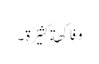
وَ فَاکِھةٍ کَثِیْرَةٍ ۔